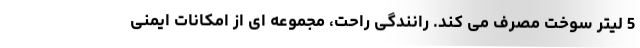
5 لیتر سوخت مصرف می کند. رانندگی راحت، مجموعه ای از امکانات ایمنی